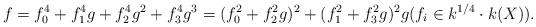
LaTeX: \begin{align*} f = f_0^4 + f_1^4 g + f_2^4g^2 + f_3^4 g^3 = (f_0^2 + f_2^2 g)^2 + (f_1^2 + f_3^2 g)^2 g (f_i \in k^{1/4} \cdot k(X)).\end{align*}